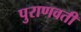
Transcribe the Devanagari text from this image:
पुराणवती